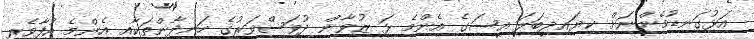
އަޅުގަނޑުމެންނަށް ކިޔައިދީބަލަ އީސަގެ އެންމެ ޅަ ޒުވާން ދުވަސްވަރުގެ ހަނދާންތަކާއި އެންމެ އުފާވެރި